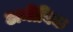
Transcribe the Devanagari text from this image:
अमीबिक